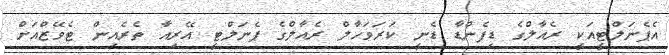
އެޕެނަލްޓީއަކީ ރެއާލްގެ ޑިފެންޑާ ޑެނީ ކަރަވަހާލް ރެއާލްގެ ޕެނަލްޓީ އޭރިއާ ތެރެއިން ޓެވޭޒްއަށް